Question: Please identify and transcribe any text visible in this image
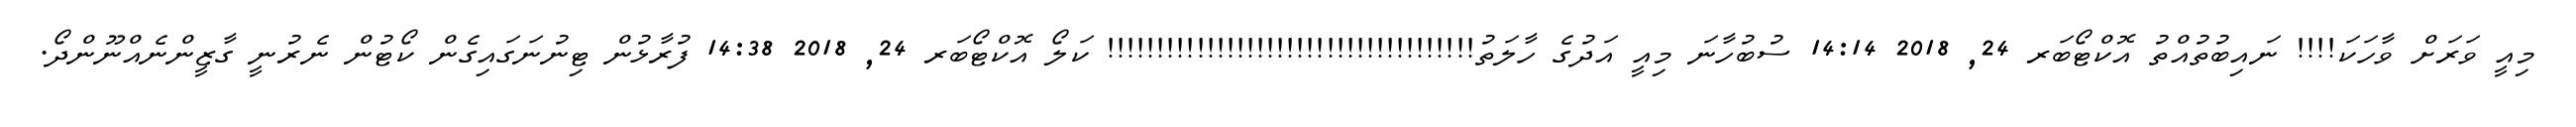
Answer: މިއީ ވަރަށް ވާހަކަ!!!! ނައިބުތުއްތު އޮކްޓޯބަރ 24, 2018 14:14 ސުބުހާނަ މިއީ އަދުގެ ހާލަތު!!!!!!!!!!!!!!!!!!!!!!!!!!!!!!!!!!!!! ކަލޯ އޮކްޓޯބަރ 24, 2018 14:38 ފުރާޅުން ޓިނުނަގައިގެން ކޯޓުން ނެރުނީ ގާޒީންނެއްނޫންދޯ.